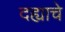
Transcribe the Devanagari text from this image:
दह्याचे